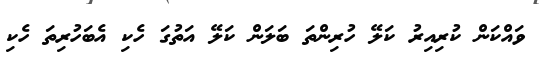
ވައްކަން ކުރިއިރު ކަލޭ ހުރިންތަ ބަލަން ކަލޭ އަތުގަ ހެކި އެބަހުރިތަ ހެކި